Leaving Certificate Examination (including Day School Certificate (Higher) General paper), 1936
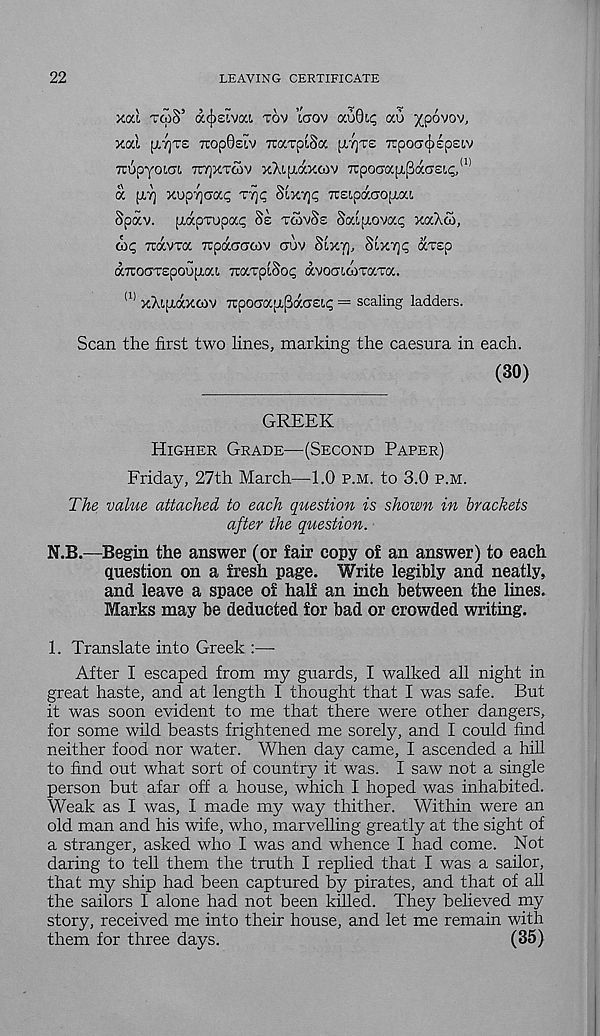
22
LEAVING CERTIFICATE
xocl TtoS’ aozivai TOV icrov auQi^ au yoovov,
xal ^7]T£ TOpQsiV TTaxpiSa [X7]TS 7rpOC7(|)£p£!.V
TctSpyoia'!. TU7]XT<OV xXi,[xax(ov 7rpocroc[j(,f3acT£t.<;, (1)
a [XT] xupyjcjoci; T7]p Stxyjp TtEipaaopiat.
Spav. (LapTupap SE TCOVSE Saijxovap xaXco,
oip rcavra irpaacoiv cuv SLXT], Sixyp aT£p
aTuoaTEpouptai, rcaTpiSop avoaiwraTa.
(1) xAiptaxcov Trpd&ap-PaCTELp = scaling ladders.
Scan the first two lines, marking the caesura in each.
(30)
GREEK
HIGHER GRADE—(SECOND PAPER)
Friday, 27th March—1.0 P.M. to 3.0 P.M.
The value attached to each question is shown in brackets
after the question.
N.B.—Begin the answer (or fair copy of an answer) to each
question on a fresh page. Write legibly and neatly,
and leave a space of half an inch between the lines.
Marks may be deducted for bad or crowded writing.
1. Translate into Greek :—
After I escaped from my guards, I walked all night in
great haste, and at length I thought that I was safe. But
it was soon evident to me that there were other dangers,
for some wild beasts frightened me sorely, and I could find
neither food nor water. When day came, I ascended a hill
to find out what sort of country it was. I saw not a single
person but afar off a house, which I hoped was inhabited.
Weak as I was, I made my way thither. Within were an
old man and his wife, who, marvelling greatly at the sight of
a stranger, asked who I was and whence I had come. Not
daring to tell them the truth I replied that I was a sailor,
that my ship had been captured by pirates, and that of all
the sailors I alone had not been killed. They believed my
story, received me into their house, and let me remain with
them for three days.
(35)